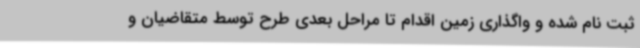
ثبت نام شده و واگذاری زمین اقدام تا مراحل بعدی طرح توسط متقاضیان و